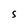
Character: S